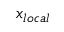
x _ { l o c a l }